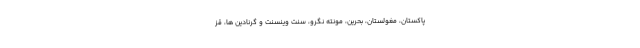
پاکستان، مغولستان، بحرین، مونته نگرو، سنت وینسنت و گرنادین ها، قز